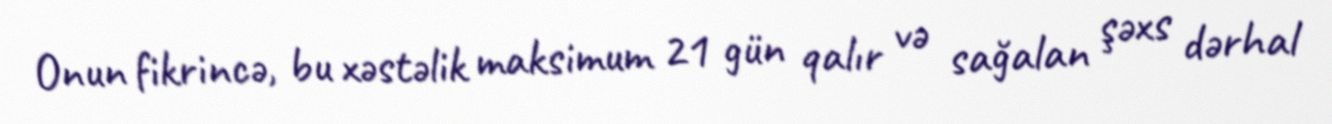
Onun fikrincə, bu xəstəlik maksimum 21 gün qalır və sağalan şəxs dərhal